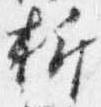
折